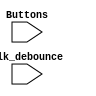
module state_Machine(clk_debounce, Buttons);
	input clk_debounce;
	input [1:0]Buttons;
	

	reg start_button_state;
	reg stop_button_state;
	
	reg Current_State;
	
	
	always@(clk_debounce)begin
		if(Buttons[0] == 0) begin
		start_button_state = 0;
		end
		else if(Buttons[1] == 1)begin
		start_button_state = 1;
		end
	end
	
	
	
	
	
	
	
	
endmodule